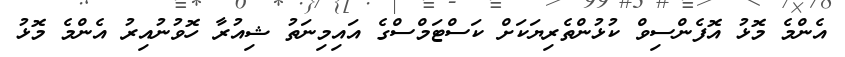
އެންމެ މޮޅު އޮފެންސިވް ކުޅުންތެރިޔަކަށް ކަސްޓަމްސްގެ އައިމިނަތު ޝިއުރާ ހޮވުނުއިރު އެންމެ މޮޅު